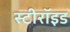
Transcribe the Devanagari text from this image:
स्टीरॉइड